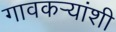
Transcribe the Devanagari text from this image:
गावकऱ्यांशी